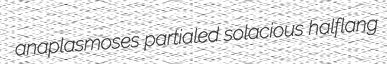
anaplasmoses partialed solacious halflang